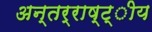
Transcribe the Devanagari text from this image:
अन्तर्राष्ट्ीय